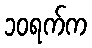
၁၀ရက်က